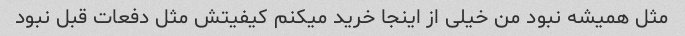
مثل همیشه نبود من خیلی از اینجا خرید میکنم کیفیتش مثل دفعات قبل نبود